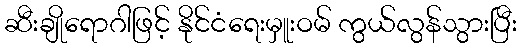
ဆီးချိုရောဂါဖြင့် နိုင်ငံရေးမှူးဝမ် ကွယ်လွန်သွားပြီး